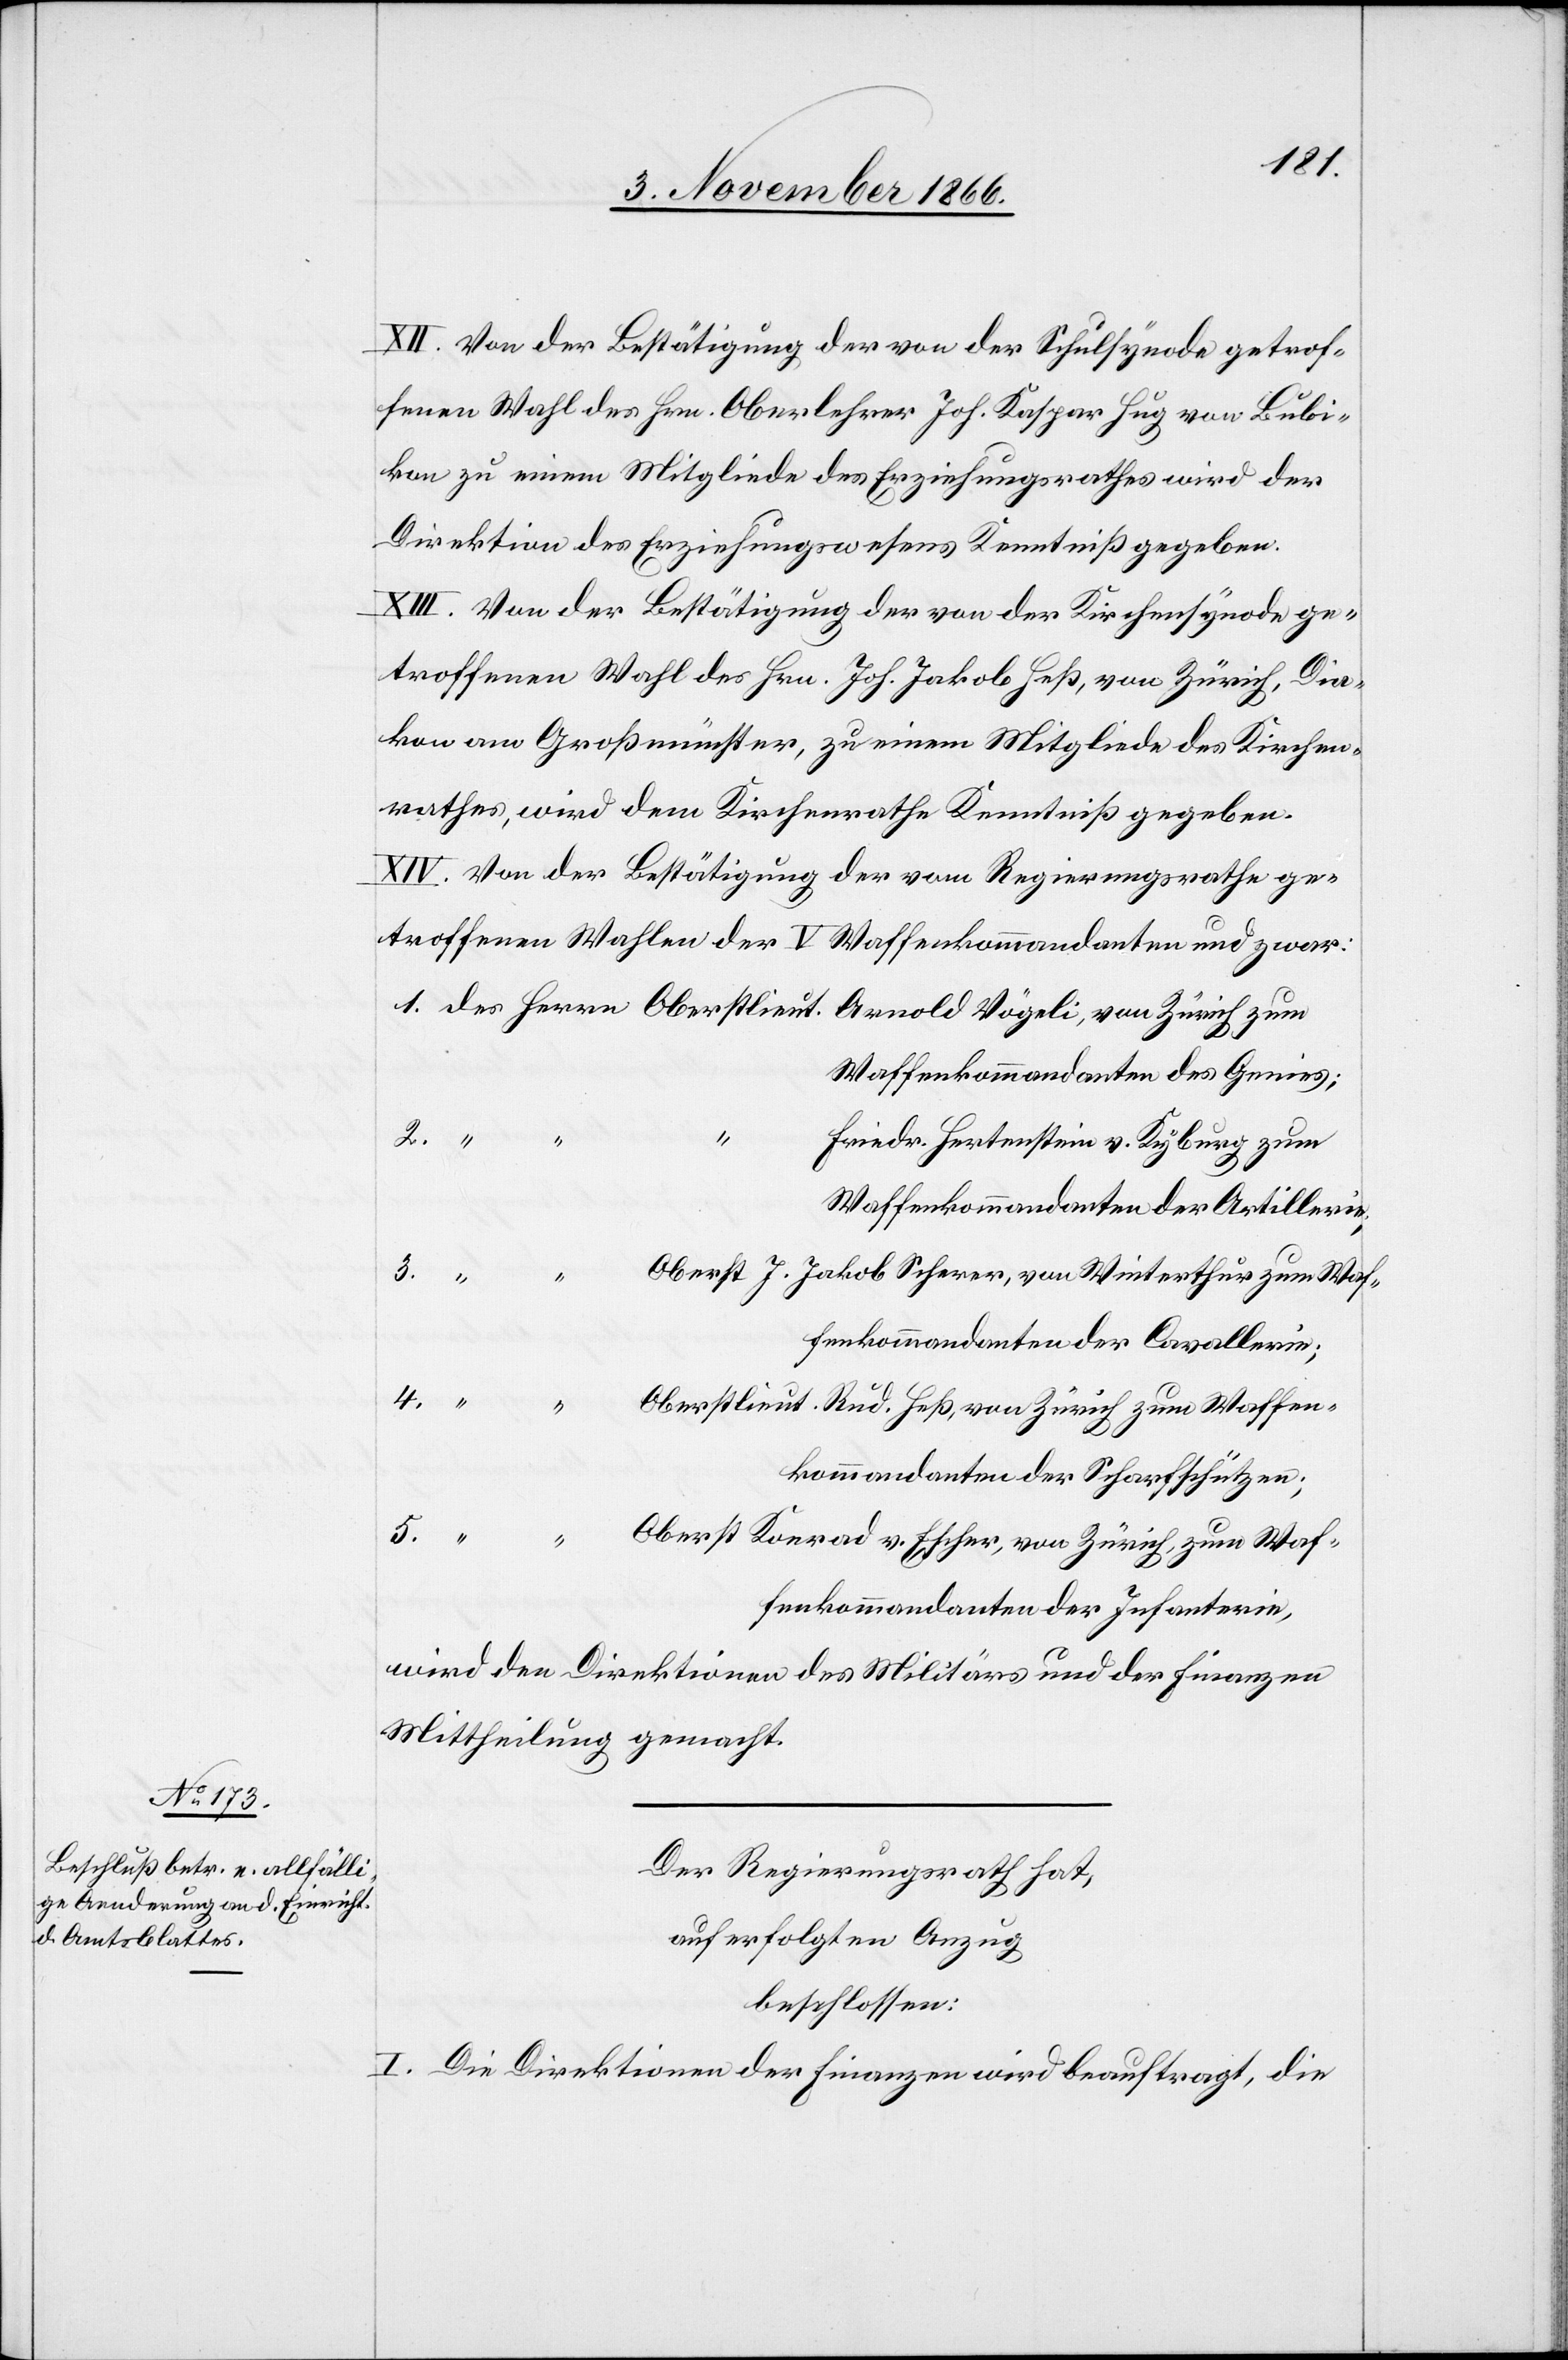
XII. Von der Bestätigung der von der Schulsynode getrof¬
fenen Wahl des Hrn. Oberlehrer Joh. Kaspar Hug von Bubi¬
kon zu einem Mitgliede des Erziehungsrathes wird der
Direktion des Erziehungswesens Kenntniß gegeben.
XIII. Von der Bestätigung der von der Kirchensynode ge¬
troffenen Wahl des Hrn. Joh. Jakob Heß, von Zürich, Dia¬
kon am Großmünster, zu einem Mitgliede des Kirchen¬
rathes, wird dem Kirchenrathe Kenntniß gegeben.
XIV. Von der Bestätigung der vom Regierungsrathe ge¬
troffenen Wahlen der V Waffenkommandanten und zwar:
Waffenkommandanten des Genies;
Waffen¬
4.
Friedr. Hertenstein v. Kyburg zum
Waffenkommandanten der Artillerie;
Waffenkommandanten der Cavallerie;
kommandanten der Scharfschützen;
Waffenkommandanten der Infanterie,
wird den Direktionen des Militärs und der Finanzen
Mittheilung gemacht.
Der Regierungsrath hat,
auf erfolgten Anzug,
beschlossen:
I. Die Direktionen [sic!] der Finanzen wird beauftragt, die